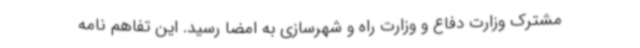
مشترک وزارت دفاع و وزارت راه و شهرسازی به امضا رسید. این تفاهم نامه